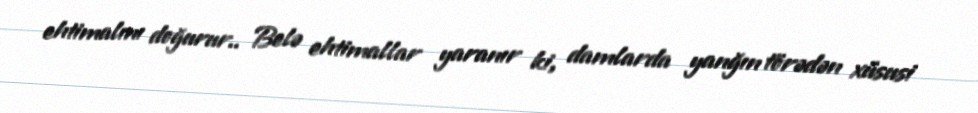
ehtimalını doğurur.. Belə ehtimallar yaranır ki, damlarda yanğın törədən xüsusi